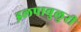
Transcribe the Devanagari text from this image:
इलपावुलुरी